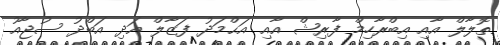
ތޮލާލް އާއި އިބްރާހިމް ފާރިޝް އާއި އަޙްމަދު ފަޒާލް އަދި އަބްދު ސުޖާއު